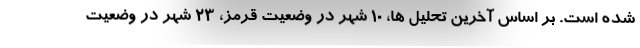
شده است. بر اساس آخرین تحلیل ها، ۱۰ شهر در وضعیت قرمز، ۲۳ شهر در وضعیت